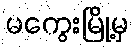
မကွေးမြို့မှ